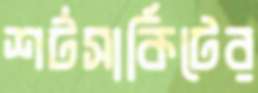
শর্টসার্কিটের